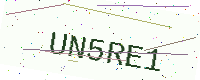
Text: UN5RE1